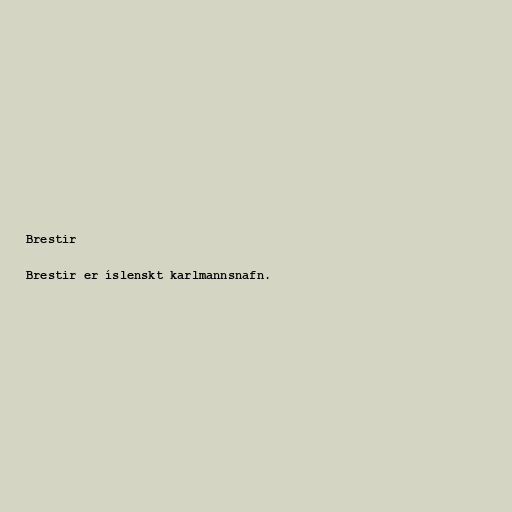
Brestir

Brestir er íslenskt karlmannsnafn.